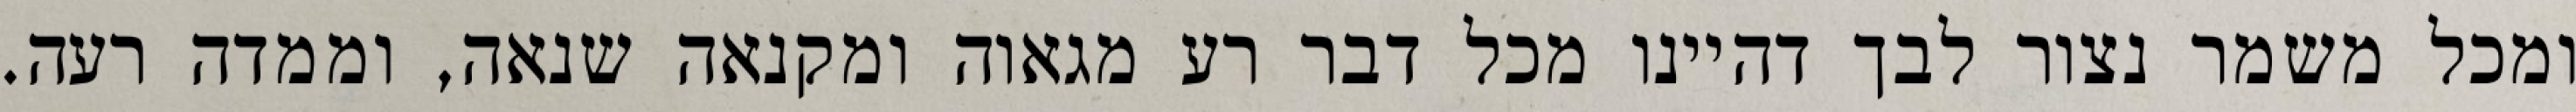
ומכל משמר נצור לבך דהיינו מכל דבר רע מגאוה ומקנאה שנאה, וממדה רעה.